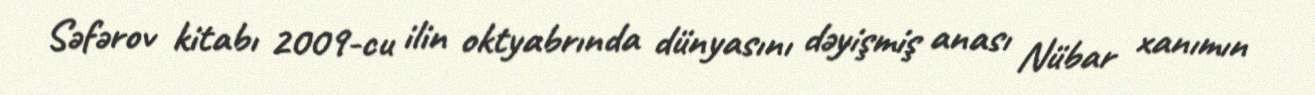
Səfərov kitabı 2009-cu ilin oktyabrında dünyasını dəyişmiş anası Nübar xanımın